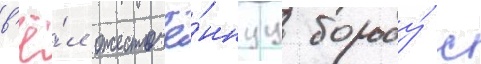
в'ё́л ожесточё́ннуу борьбу́ с